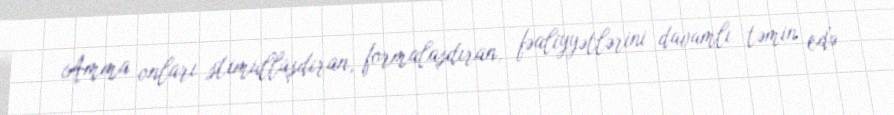
Amma onları stimullaşdıran, formalaşdıran, fəaliyyətlərini davamlı təmin edə